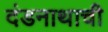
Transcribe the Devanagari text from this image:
दंडनाथाची